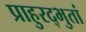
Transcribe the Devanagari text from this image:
प्राहुरद्भुतां